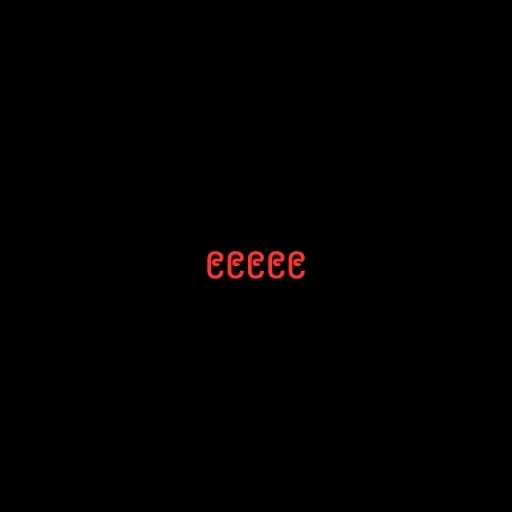
၉၉၉၉၉